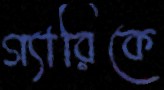
গ্যারিকে